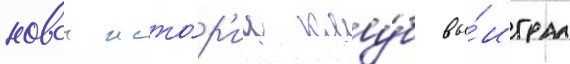
новои исто́р'ии клу́б вы́играл